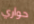
حواري